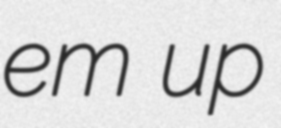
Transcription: em up